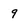
Character: 9